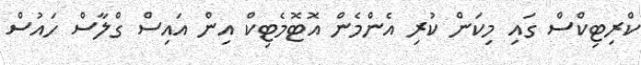
ކްރިޓިކްސް ގައި މިކަން ކުރި އެންމެން އޮޓޮމެޓިކް އިން އައިސް ގްލާސް ހައުސް